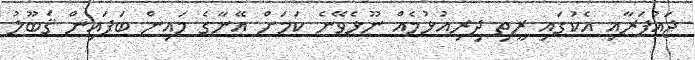
ޖައުފަރާއި އެކުގައި ރީތި ދިރިއުޅުމެއް ނޫޅެވޭނެ ކަމަށް އޭނާގެ މައިން ބަފައިން ޤަބޫލު